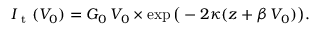
I _ { \mathrm { ~ t ~ } } ( V _ { 0 } ) = G _ { 0 } \, V _ { 0 } \times \exp \big ( - 2 \kappa ( z + \beta \, V _ { 0 } ) \big ) .